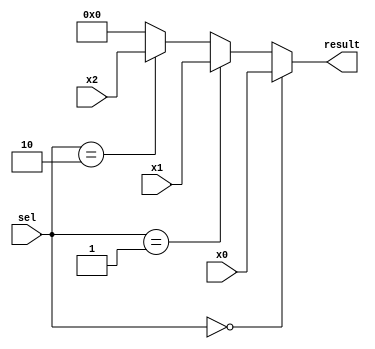
`timescale 1ns / 1ps
//////////////////////////////////////////////////////////////////////////////////
// Company: 
// Engineer: 
// 
// Design Name: 
// Module Name:    mux3 
// Project Name: 
// Target Devices: 
// Tool versions: 
// Description: 
//
// Dependencies: 
//
// Revision: 
// Revision 0.01 - File Created
// Additional Comments: 
//
//////////////////////////////////////////////////////////////////////////////////
module mux3(
	input [31:0] x0,
	input [31:0] x1,
	input [31:0] x2,
	input [1:0] sel,
	output [31:0] result
    );
	assign result = (sel == 2'b00) ? x0 : 
						(sel == 2'b01) ? x1 :
						(sel == 2'b10) ? x2 :
						32'h0000_0000; //error

endmodule